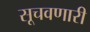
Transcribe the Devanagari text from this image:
सूचवणारी